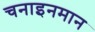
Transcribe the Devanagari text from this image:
चनाइनमान